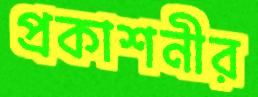
প্রকাশনীর